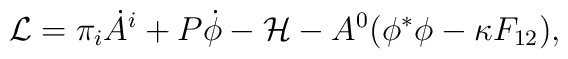
{\cal L} = \pi_i \dot{A}^i + P \dot{\phi} - {\cal H} - A^0 (\phi^* \phi - \kappa F_{12} ),